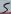
Text: 5